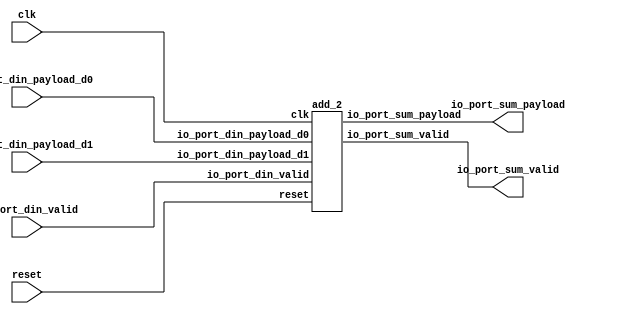
// Generator : SpinalHDL v1.7.2    git head : 08fc866bebdc40c471ebe327bface63e34406489
// Component : Inst_3
// Git hash  : 23d564a3e9d4d768c2cb1641ec7dc2becc0d2602

`timescale 1ns/1ps

module Inst_3 (
  input               io_port_din_valid,
  input      [7:0]    io_port_din_payload_d0,
  input      [7:0]    io_port_din_payload_d1,
  output              io_port_sum_valid,
  output     [7:0]    io_port_sum_payload,
  input               clk,
  input               reset
);

  wire                add_2_1_io_port_sum_valid;
  wire       [7:0]    add_2_1_io_port_sum_payload;

  add_2 add_2_1 (
    .io_port_din_valid      (io_port_din_valid               ), //i
    .io_port_din_payload_d0 (io_port_din_payload_d0[7:0]     ), //i
    .io_port_din_payload_d1 (io_port_din_payload_d1[7:0]     ), //i
    .io_port_sum_valid      (add_2_1_io_port_sum_valid       ), //o
    .io_port_sum_payload    (add_2_1_io_port_sum_payload[7:0]), //o
    .clk                    (clk                             ), //i
    .reset                  (reset                           )  //i
  );
  assign io_port_sum_valid = add_2_1_io_port_sum_valid;
  assign io_port_sum_payload = add_2_1_io_port_sum_payload;

endmodule

module add_2 (
  input               io_port_din_valid,
  input      [7:0]    io_port_din_payload_d0,
  input      [7:0]    io_port_din_payload_d1,
  output              io_port_sum_valid,
  output     [7:0]    io_port_sum_payload,
  input               clk,
  input               reset
);

  reg        [7:0]    _zz_io_port_sum_payload;
  reg                 io_port_din_valid_regNext;

  assign io_port_sum_payload = _zz_io_port_sum_payload;
  assign io_port_sum_valid = io_port_din_valid_regNext;
  always @(posedge clk) begin
    if(io_port_din_valid) begin
      _zz_io_port_sum_payload <= (io_port_din_payload_d0 + io_port_din_payload_d1);
    end
  end

  always @(posedge clk or posedge reset) begin
    if(reset) begin
      io_port_din_valid_regNext <= 1'b0;
    end else begin
      io_port_din_valid_regNext <= io_port_din_valid;
    end
  end


endmodule